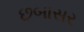
છબાસર